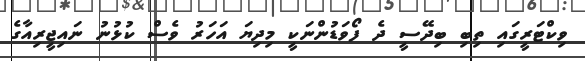
ވިކްޓަރީގައި ތިބި ބިދޭސީ ދެ ފޯވަޑުންނަކީ މިދިޔަ އަހަރު ވެސް ކުޅުނު ނައިޖީރިއާގެ